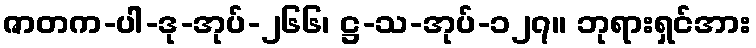
ဇာတက-ပါ-ဒု-အုပ်-၂၆၆၊ ဋ္ဌ-သ-အုပ်-၁၂၇။ ဘုရားရှင်အား